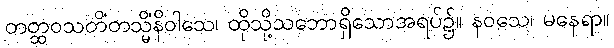
တတ္ထဝသတိံတသ္မိံနိဝါသေ၊ ထိုသို့သဘောရှိသောအရပ်၌။ နဝသေ၊ မနေရာ။